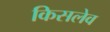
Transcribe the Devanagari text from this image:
किसलेव